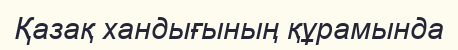
Қазақ хандығының құрамында